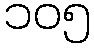
၁၀၅